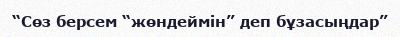
“Сөз берсем “жөндеймін” деп бұзасыңдар”